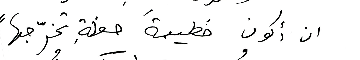
ان أكون خطيبة حفلةِ تخرّجها